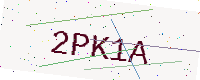
Text: 2PK1A